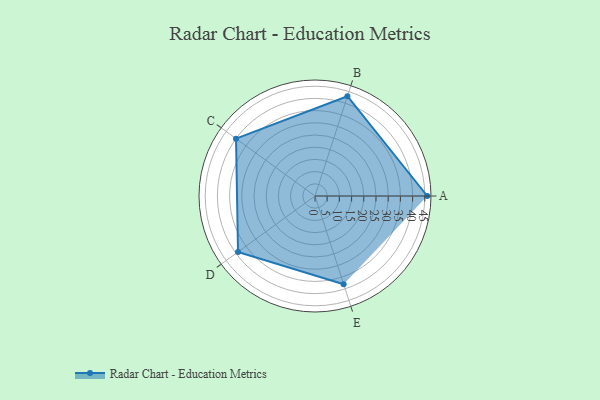
{"axis": {"x": "Skill", "y": "Score"}, "legend": ["Profile"], "data": [{"x": "A", "y": 46.0, "type": "Profile"}, {"x": "B", "y": 43.0, "type": "Profile"}, {"x": "C", "y": 40.0, "type": "Profile"}, {"x": "D", "y": 39.0, "type": "Profile"}, {"x": "E", "y": 38.0, "type": "Profile"}]}